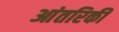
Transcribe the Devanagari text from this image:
आंतरिकी